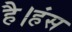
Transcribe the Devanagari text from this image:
है।हंस